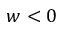
w < 0